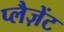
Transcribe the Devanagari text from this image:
प्लैज़ेंट